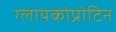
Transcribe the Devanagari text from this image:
ग्लायकोप्रोटिन